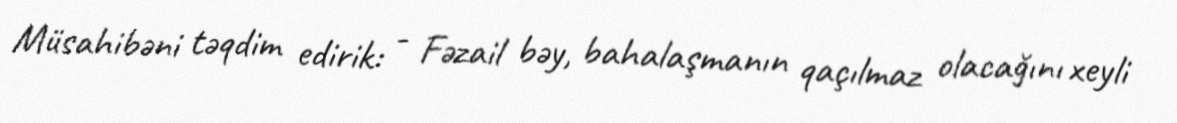
Müsahibəni təqdim edirik: - Fəzail bəy, bahalaşmanın qaçılmaz olacağını xeyli